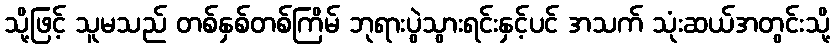
သို့ဖြင့် သူမသည် တစ်နှစ်တစ်ကြိမ် ဘုရားပွဲသွားရင်းနှင့်ပင် အသက် သုံးဆယ်အတွင်းသို့